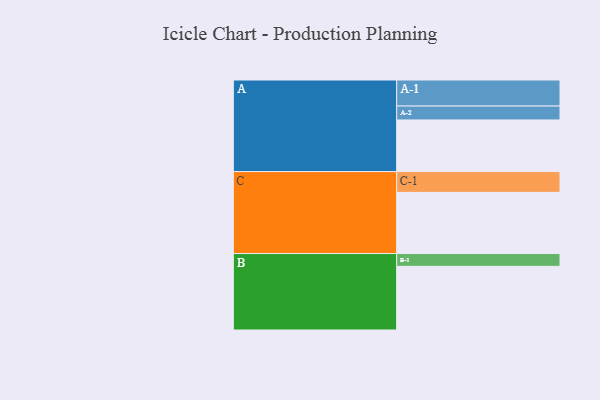
{"axis": {"x": "Segment", "y": "Value"}, "legend": ["", "A", "B", "C"], "data": [{"x": "A", "y": 460, "type": ""}, {"x": "B", "y": 567, "type": ""}, {"x": "C", "y": 545, "type": ""}, {"x": "A-1", "y": 232, "type": "A"}, {"x": "A-2", "y": 124, "type": "A"}, {"x": "B-1", "y": 114, "type": "B"}, {"x": "C-1", "y": 185, "type": "C"}]}